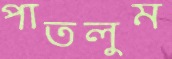
পাতলুম